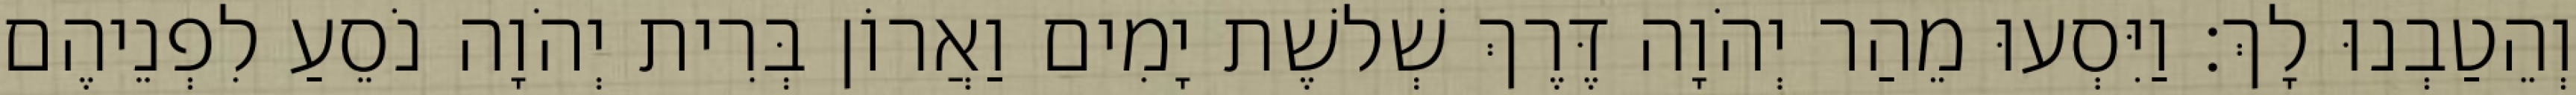
וְהֵטַבְנוּ לָךְ׃ וַיִּסְעוּ מֵהַר יְהֹוָה דֶּרֶךְ שְׁלשֶׁת יָמִים וַאֲרוֹן בְּרִית יְהֹוָה נֹסֵעַ לִפְנֵיהֶם